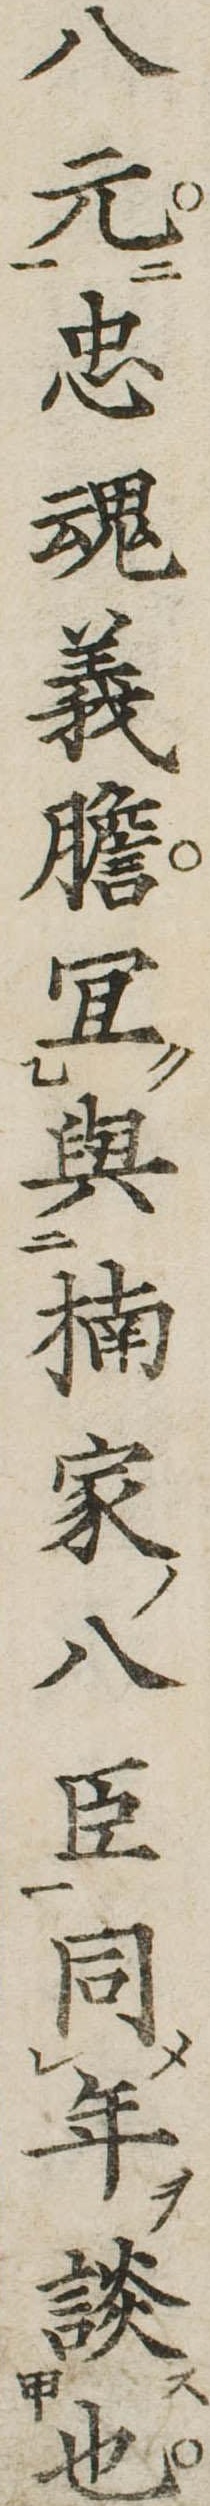
八元忠魂義胆宜与楠家八臣同年談也